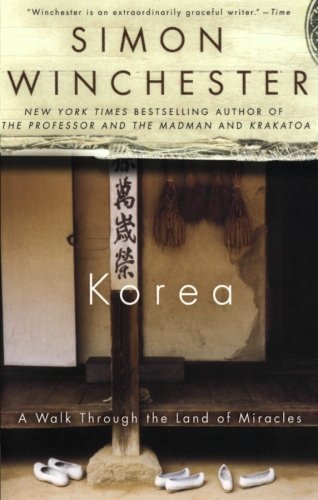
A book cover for Korea: A Walk Through the Land of Miracles; Simon Winchester; Travel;